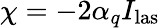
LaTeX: \chi=-2\alpha_{q}I_{\mathrm{las}}